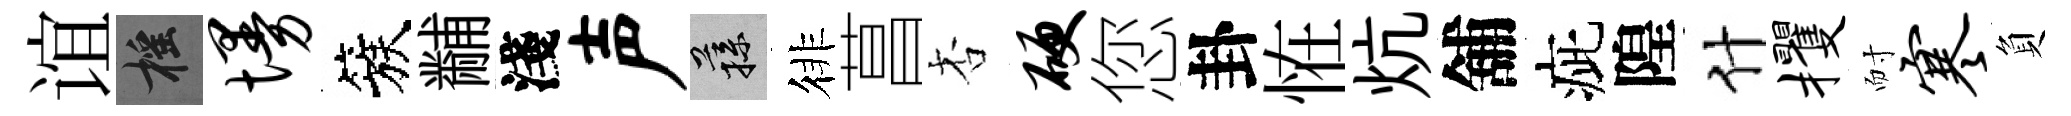
谊摇墁簇黼淺声蓀徘菖杏硬您卦恠炕舖疵隍什攫耐寒負